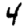
Digit: 4